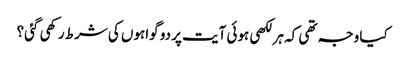
کیا وجہ تھی کہ ہر لکھی ہوئی آیت پر دو گواہوں کی شرط رکھی گئی؟